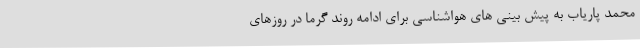
محمد پاریاب به پیش بینی های هواشناسی برای ادامه روند گرما در روزهای